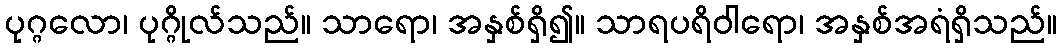
ပုဂ္ဂလော၊ ပုဂ္ဂိုလ်သည်။ သာရော၊ အနှစ်ရှိ၍။ သာရပရိဝါရော၊ အနှစ်အရံရှိသည်။